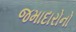
જમાદારોનો